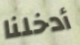
أدخلنا